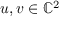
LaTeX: u , v \in \mathbb { C } ^ { 2 }